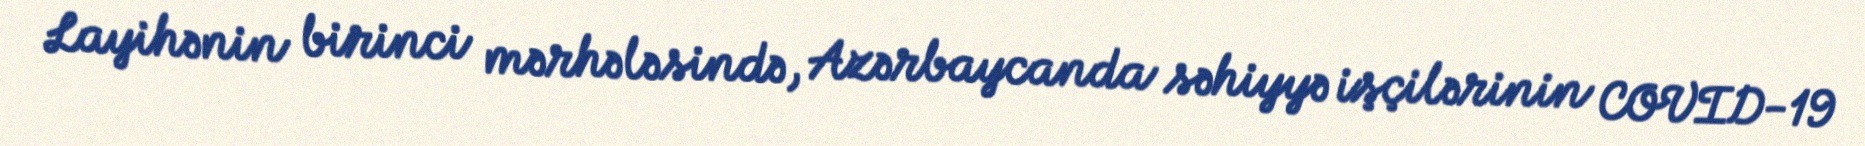
Layihənin birinci mərhələsində, Azərbaycanda səhiyyə işçilərinin COVID-19